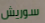
سوريش